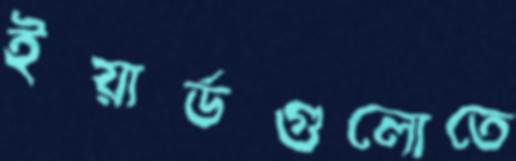
ইয়ার্ডগুলোতে